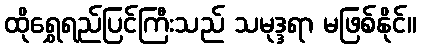
ထိုရွှေရည်ပြင်ကြီးသည် သမုဒ္ဒရာ မဖြစ်နိုင်။